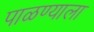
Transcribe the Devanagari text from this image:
पाळण्याला